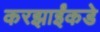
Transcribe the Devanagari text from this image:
करझाईंकडे